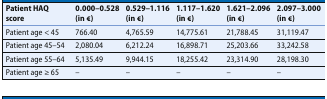
| Patient HAQ score | 0.000–0.528 (in €) | 0.529–1.116 (in €) | 1.117–1.620 (in €) | 1.621–2.096 (in €) | 2.097–3.000 (in €) |
 | --- | --- | --- | --- | --- | --- |
 | Patient age < 45 | 766.40 | 4,765.59 | 14,775.61 | 21,788.45 | 31,119.47 |
 | Patient age 45–54 | 2,080.04 | 6,212.24 | 16,898.71 | 25,203.66 | 33,242.58 |
 | Patient age 55–64 | 5,135.49 | 9,944.15 | 18,255.42 | 23,314.90 | 28,198.30 |
 | Patient age ≥ 65 | – | – | – | – | – |